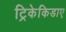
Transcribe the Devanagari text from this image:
ट्रिकेकिडाए